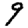
Digit: 9